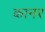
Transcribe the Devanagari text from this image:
कानर